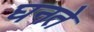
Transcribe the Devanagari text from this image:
घनते